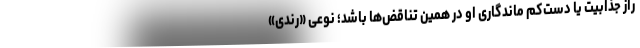
راز جذابیت یا دست‌کم ماندگاری او در همین تناقض‌ها باشد؛ نوعی «رندی»